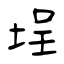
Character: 埕